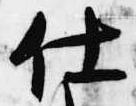
仕